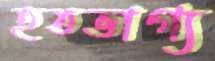
হতভাগ্য